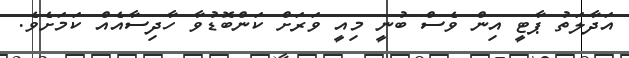
އަދާލަތު ޕާޓީ އިން ވެސް ބުނީ މިއީ ވަރަށް ކަންބޮޑުވާ ހާދިސާއެއް ކަމަށެވެ.